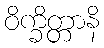
ဝိက္ခိတ္တာနိ